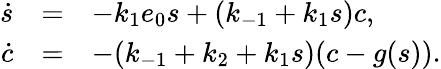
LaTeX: \begin{array}{rcl}{\dot{s}}&{=}&{-k_{1}e_{0}s+(k_{-1}+k_{1}s)c,}\\ {\dot{c}}&{=}&{-(k_{-1}+k_{2}+k_{1}s)(c-g(s)).}\end{array}